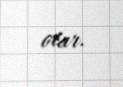
olar.